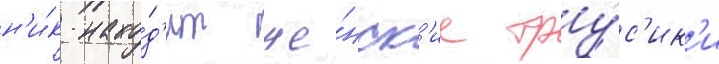
н'и́к нахо́д'ит же́нск'ие тру́с'ик'и